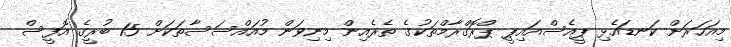
މިއަހަރަށް ކަނޑައެޅި ޕީއެސްއައިޕީ ޕްރޮގްރާމްތަކުގެ ތެރެއިން މިނިވަން މުއައްސަސާތަކަށް 15 ބުރީގެ އޮފީސް